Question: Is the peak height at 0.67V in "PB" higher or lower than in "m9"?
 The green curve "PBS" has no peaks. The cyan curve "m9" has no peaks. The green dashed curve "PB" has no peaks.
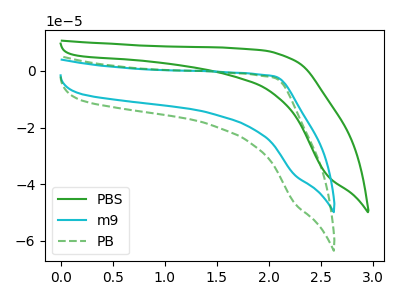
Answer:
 <answer>"PB" and "m9" dont share a peak at 0.67V.</answer>
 <eval>mismatch</eval>